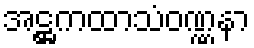
အဋ္ဌကထာသံဝဏ္ဏနာ